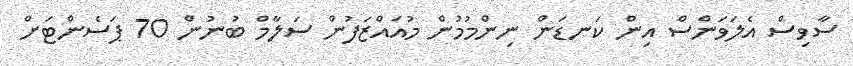
ސާވިސް އެލަވަންސް އިން ކަނޑަން ނިންމުމުން މުއައްޒަފުން ސަލާމް ބުނުން 70 ޕަސެންޓަށް